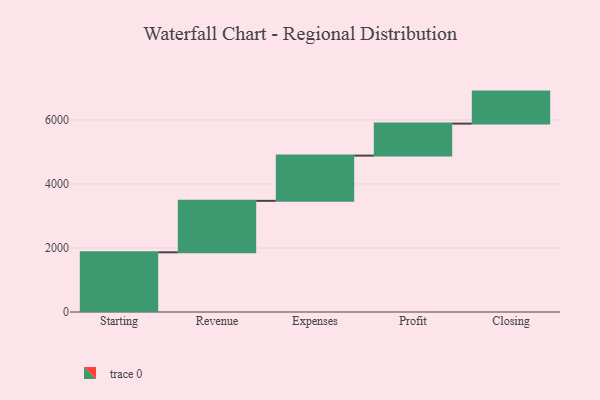
{"axis": {"x": "Step", "y": "Value"}, "legend": [""], "data": [{"x": "Starting", "y": 1865.0, "type": ""}, {"x": "Revenue", "y": 1608.0, "type": ""}, {"x": "Expenses", "y": 1413.0, "type": ""}, {"x": "Profit", "y": 1000, "type": ""}, {"x": "Closing", "y": 1000, "type": ""}]}